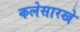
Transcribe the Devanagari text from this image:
कलेसारखे